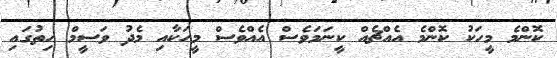
ކޮންމެ މީހަކު ކޮންމެ އެއްޗެއް ކީނަމަވެސް އެއްވެސް މީހަކާއި މެދު ވަސީމް ހިތުގައި